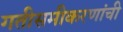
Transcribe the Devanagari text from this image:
गतीसमीकरणांची